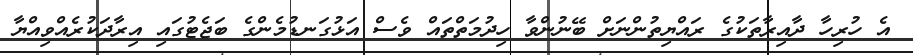
އެ ހުރިހާ ދާއިރާތަކުގެ ރައްޔިތުންނަށް ބޭނުންވާ ހިދުމަތްތައް ވެސް އަޅުގަނޑުމެންގެ ބަޖެޓުގައި އިރާދަކުރެއްވިއްޔާ